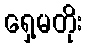
ရှေ့မတိုး